Statistical return of the lunatic asylum in Assam - 1912-1932
Year: 1912
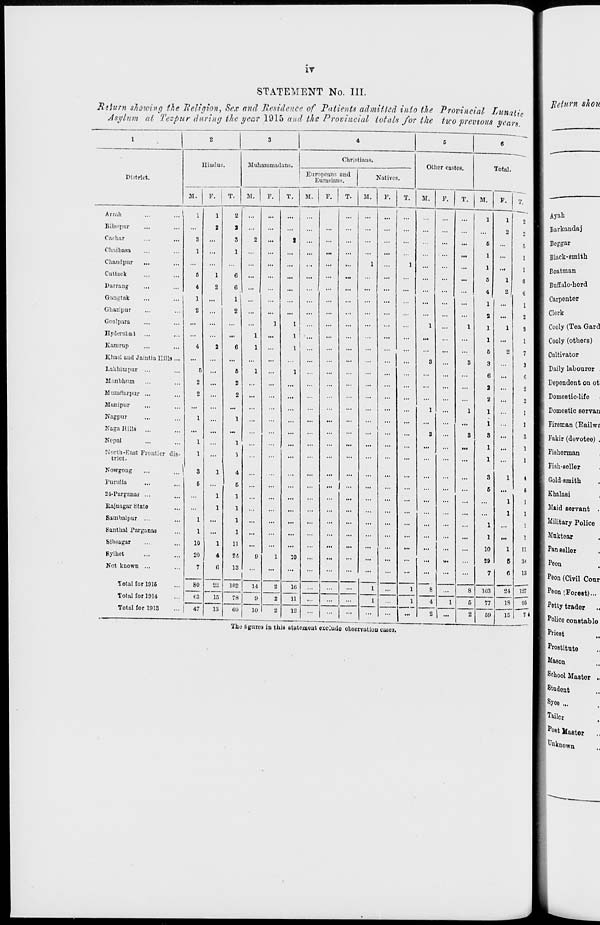
IT
STATEMENT No. III.
Return shewing the Religion, Sex and Residence of Patients admitted into the Provincial Lunatic
Asylum at Tezpur daring the year 1915 and the Provincial totals for the two previous years.
Return shou
1
2
3
4
G
6
"— i
Hindus.
Muhammadans.
Christians.
Other castes.
Total.
District.
Europeans and
Eurasians.
Natives.
M.
P. j T.
M. 1 P. j T. M. P. T. | M. P. I T. M. P. T. M. P. 1 T.
2
5
1
I [
Arrnb
Bilaspur
Cnchar
Ch'iibasa
1
3
1
1
2
2
a
s
I
2
...
s ...
...
... |
:
...
...
...
...
1
6
1
1
2
|
Ayah
I I Barkandaj
| Bosgar
I Black-smith
Chandpur
...
...
...
...
...
...
i
1
...
...
1
...
1
1 Boatman
Cattack
Darrang
Gangtak
...
... 1
Gbazipur
Gnalpara
6
4
1
1
2
c
6 .
:
...
:
i
t
...
...
...
...
...
...
1
••
1
G
4
1
3
1
1
2
1
6
6
1
3
I Buffalo-herd
1 Carpenter
I 1 Clerk
I [ Cooly (Tea Gard
Hyderabad
...
...
1
...
1
...
...
...
...
...
...
...
...
1
...
1 1 Cooly (others)
Kanirup
4
2
6
1
1
...
...
...
...
1 ...
...
5
2
7 1 [ Cultivator
Khasi and Jaintia Hills ...
...
...
...
...
...
...
...
...
...
...
...
3
...
8
3
3 1 Daily labourer
Lakbirapur ...
Manbhum
Muzaflarpur ...
Munipur
6
2
2
...
6
2
2
1
...
1
...
...
...
...
...
...
1
...
1
6
2
2
1
...
6
2
2
1
i | Dependent on ot
I 1 Domestic-lifo
I 1 Domestic servan
Nagpur
1
...
1
...
...
...
...
...
...
...
...
...
...
...
...
1
...
1 3 [ Fireman (Eailwc
Naga Hills
...
...
...
...
...
...
...
...
...
...
3
...
3
3
...
S E 1 Fakir (devotee) .
Nopal
1
...
1
...
...
...
...
...
...
...
...
...
1
...
1 i [ Fiehorman
North-East Frontier dis-
trict.
1
...
1
...
...
...
...
...
1
...
1
I 1 Fish-seller
Nowgong
|
3
1
4
...
...
...
...
...
...
...
...
...
...
3
1
4 I [ Gold-smith
Purulia
6
...
5
... ; •"
...
...
...
...
...
...
...
...
6
...
( El Khalasi
24-Pargauas ...
Eajuagar State
Sambalpur ...
1
1
1
1
1
1
...
...
...
...
...
...
...
...
1
1
1
1
1
1
■ [ Maid servant
■ | Military Police
Santhal Parganas
1
...
1
...
...
...
...
...
...
...
...
...
...
...
1
...
1 ■ 1 Muktear
Sibsagar
10
1
11
...
...
...
...
...
...
...
...
...
10
1
11
[ Pan seller
Bylhet
20
4
84
0
1
10
...
...
...
...
...
...
-
29
G
■M
11 Peon
Not. known ...
7
80
68
(i
22
IS
...
1
...
...
...
i
1
1
...
8
■
...
7
c
2
13
I 1-37
11 Peon (Civil Cour
Total for 1916
101
14
j
2
1(
11
1 !
103
1 r Peon [Forest)...
Total for 1014
15
18
1i i
0
...
]
5
Y* '
IS 1
95
>
7
11 Petty trader
Total for 1013
47
01 )
10
'2
li j
...
...
1 ■ | ...
2
61 )
1
11 Police constable
IIK' figures in Una (statement exclude observation cases.
I I Pri ost
1 [ Prostitute
I [ Maaon
II School Mastor .
■ I Student
I [ s Joe ...
1 | Tailcr
I f p°s t Master
1 I Ut >known